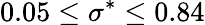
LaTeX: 0.05\leq\sigma^{*}\leq 0.84